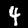
Label: 4